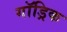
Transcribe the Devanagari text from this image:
गॉड्रिक